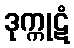
ဒုက္ကုဋံ